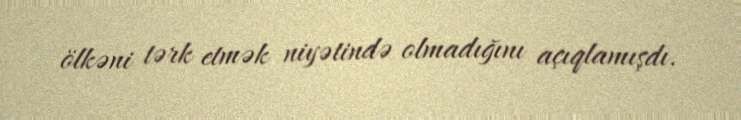
ölkəni tərk etmək niyətində olmadığını açıqlamışdı.